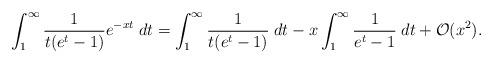
LaTeX: \begin{align*}\int_1^\infty \frac{1}{t(e^t-1)} e^{-xt}\;dt = \int_1^\infty \frac{1}{t(e^t-1)} \;dt -x \int_1^\infty \frac{1}{e^t-1} \;dt + \mathcal{O}(x^2).\end{align*}